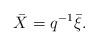
\begin{align*}\bar{X}=q^{-1}\bar{\xi}. \end{align*}